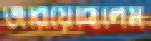
জরিয়েছিলেম